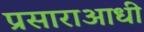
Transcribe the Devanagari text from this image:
प्रसाराआधी